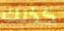
كذلك